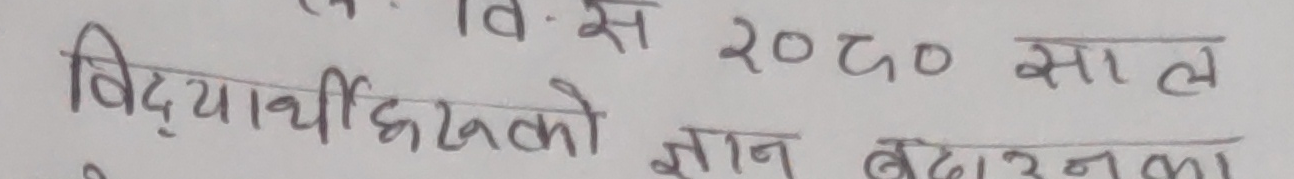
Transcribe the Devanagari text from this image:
व. स. २०८० साल
विद्यार्थीहरुको ज्ञान बढाउनला